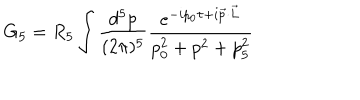
G _ { 5 } = R _ { 5 } \int \frac { d ^ { 5 } p } { ( 2 \pi ) ^ { 5 } } \frac { e ^ { - i p _ { 0 } \tau + i \vec { p } \cdot \vec { L } } } { p _ { 0 } ^ { 2 } + p ^ { 2 } + p _ { 5 } ^ { 2 } }